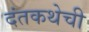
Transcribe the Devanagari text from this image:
दंतकथेची